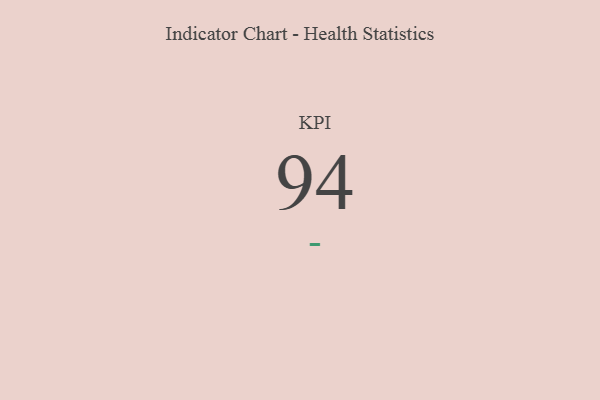
{"axis": {"x": "KPI", "y": "Value"}, "legend": [""], "data": [{"x": "KPI", "y": 94, "type": ""}]}